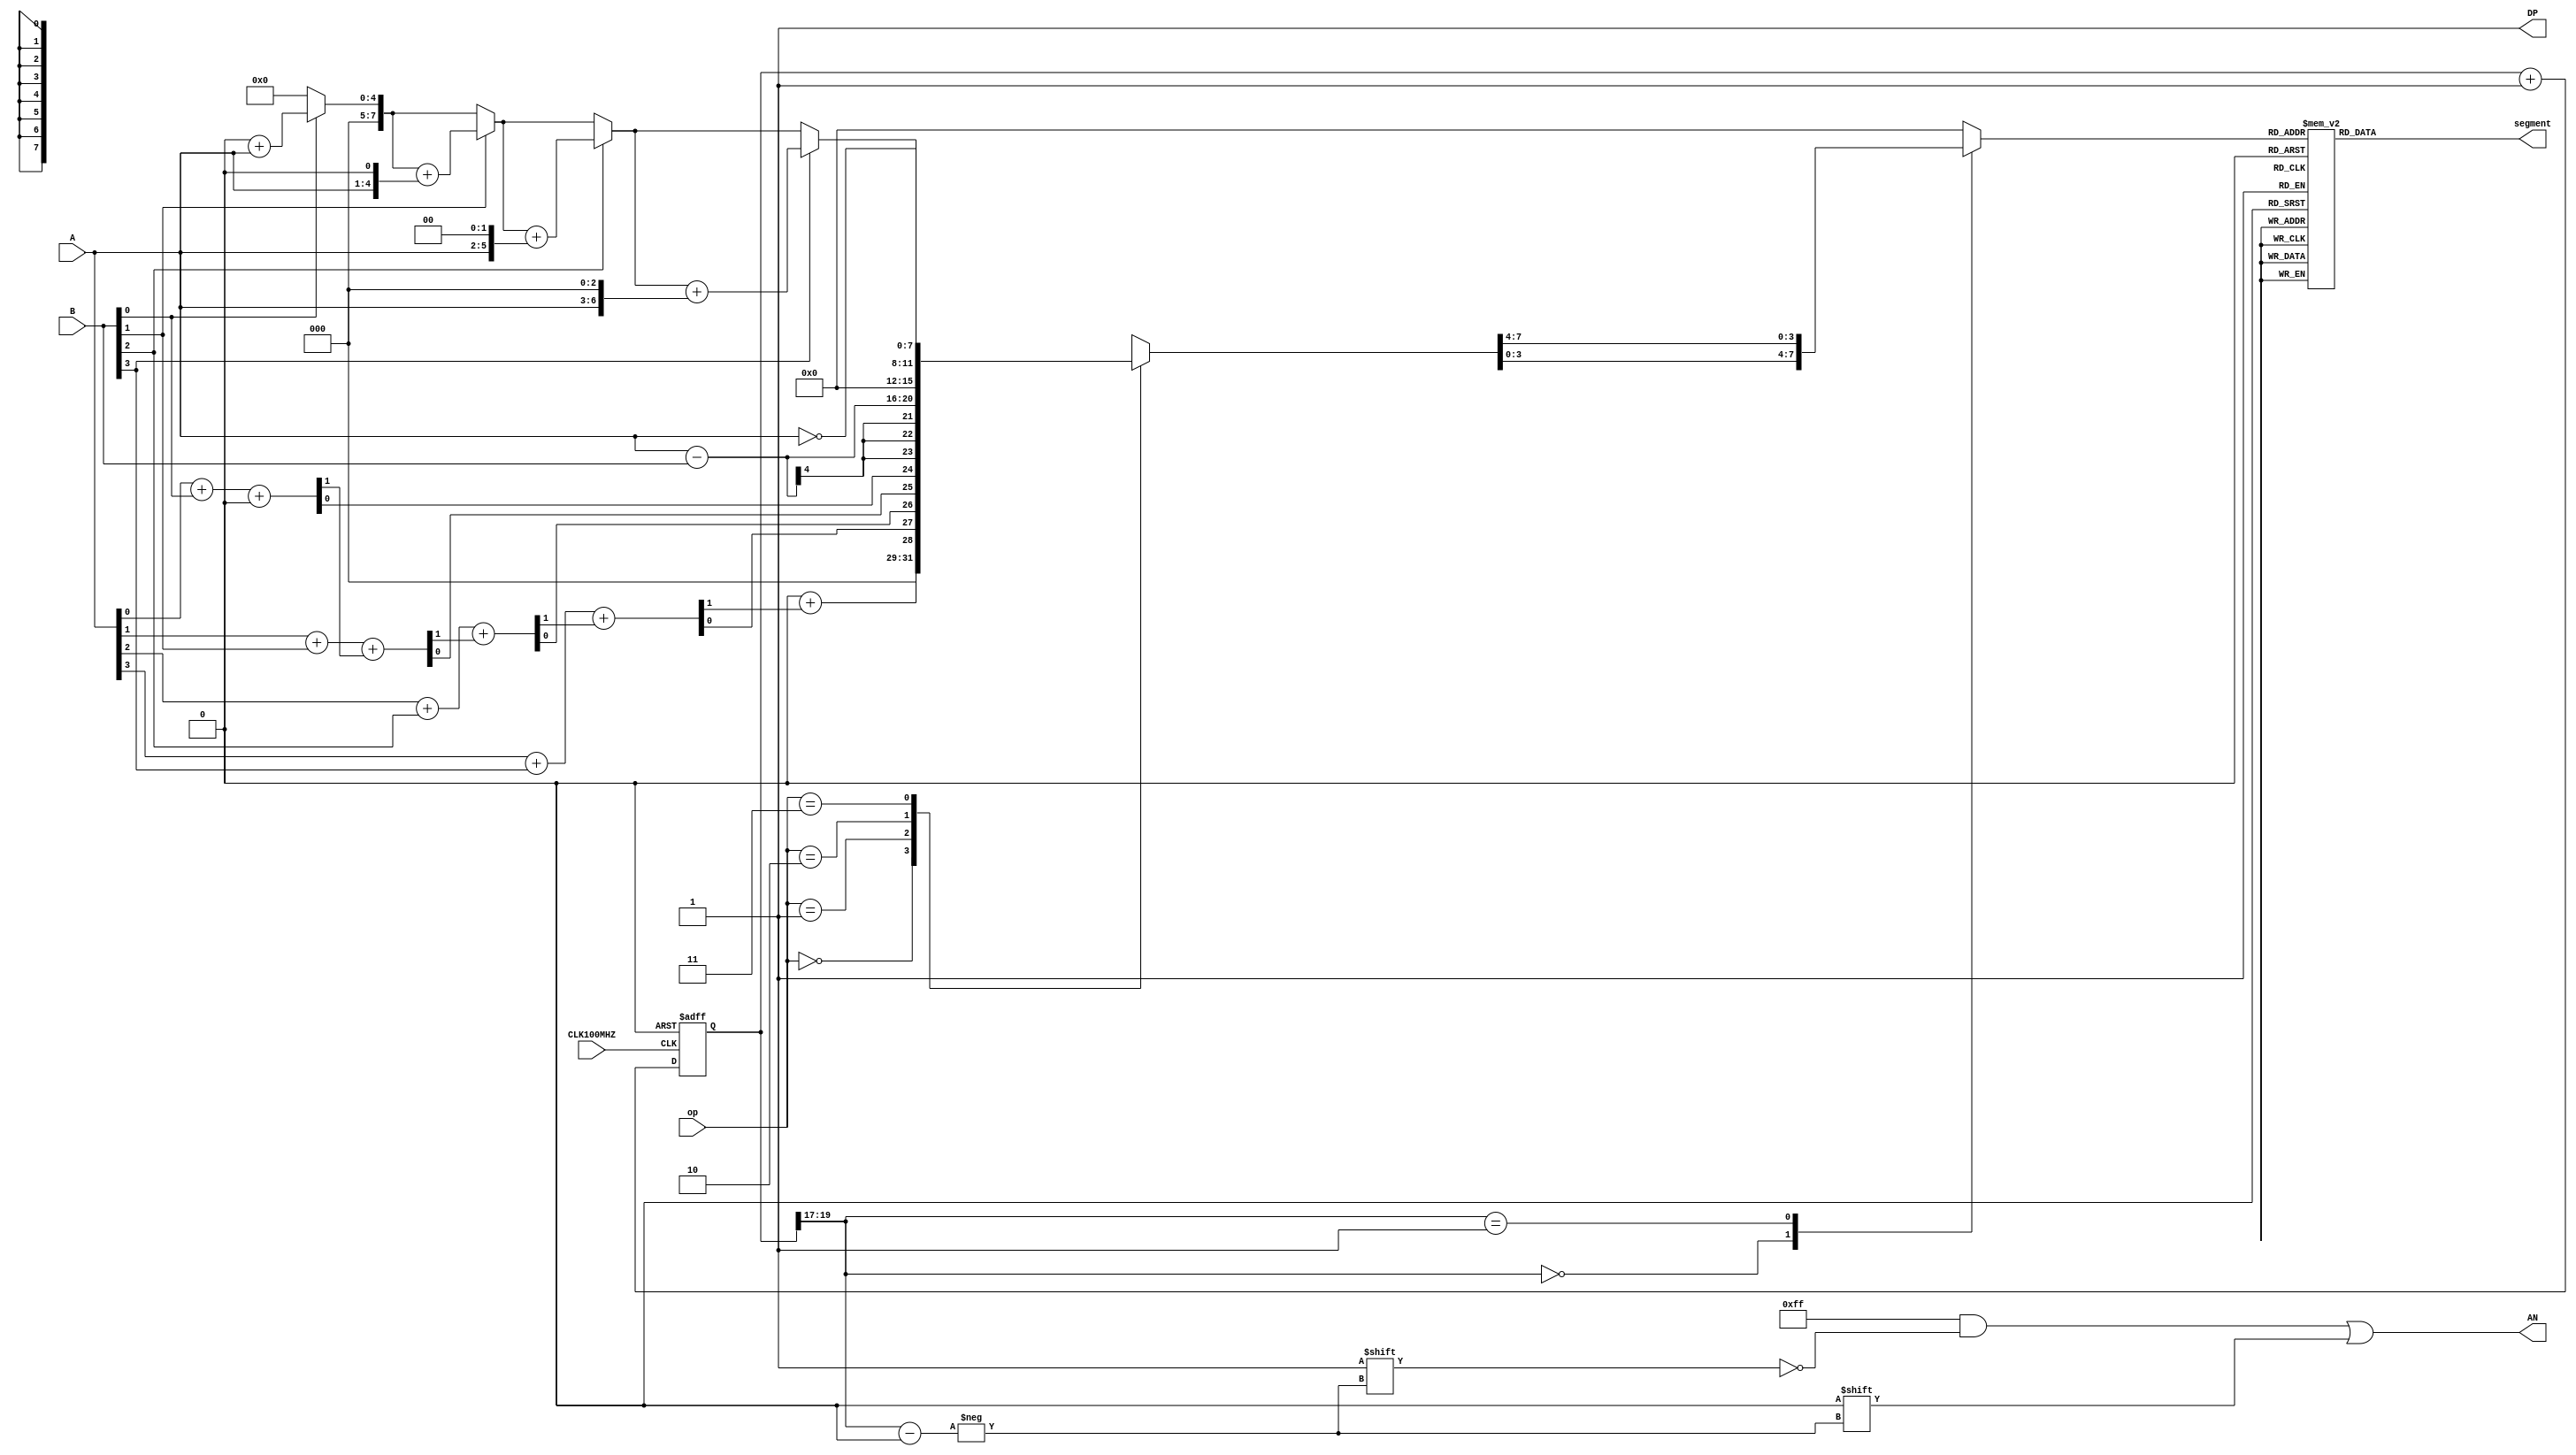
module ALU(
    input [3:0] A,
    input [3:0] B,
    input [1:0] op,
    input CLK100MHZ,
    
    output DP,
    output reg [7:0]AN,
    output reg [6:0] segment
    );
     reg [7:0]  F;
    wire[7:0] x;
    wire clr;
    wire [2:0] s;
    reg[3:0]digit;
    reg[19:0] clkdiv;
  reg [2:0]i;
  reg [7:0] accumulator; // ۻ
   reg [4:0] sum; // мĴ
  reg [4:0] carry; // λĴ
  assign clr=0;
  assign s=clkdiv[19:17];
    assign DP=1;
    assign x=F;
  
  //8λ 8ѡһǰ6λ0
  always @(s)
  case(s)
  0:digit=x[3:0];
  1:digit=x[7:4];
       default: digit=0; 
  endcase
  //ѡв
  always @(*) begin
  AN='b11111111;
  AN[s]=0;
  end
  //ʱӷƵ
  always @(posedge CLK100MHZ or posedge clr)
   begin
   if(clr==1)clkdiv<=0;
 else clkdiv<=clkdiv+1;
  end
  
  
  // ߼
  always @(*) begin
   F = 2'h00;
    case (op)
      2'b00: begin carry=0;sum=0;
       for(i=0;i<4;i=i+1) begin
      {carry[i+1], sum[i]} = A[i] + B[i] + carry[i];
      end      
      sum[i]=sum[i]+carry[i];
      F = sum; // ӷ
      end
      2'b01: F = A - B; // 
      2'b10: F = {1'h0,~A}; // ȡ
      2'b11: begin accumulator=0;
       for(i=0;i<4;i=i+1) begin 
    if (B[i] == 1) begin 
        // BĵǰλΪ1A i λӵۻ
        accumulator = accumulator + (A << i);
      end
    end
      F = accumulator; // ˷
      end
      default: F = 2'h00; // Ĭֵ
    endcase
  end
  
always @(*) begin
    case (digit)
        4'b0000: segment = 7'b1000000; //  0
        4'b0001: segment = 7'b1111001; //  1
        4'b0010: segment = 7'b0100100; //  2
        4'b0011: segment = 7'b0110000; //  3
        4'b0100: segment = 7'b0011001; //  4
        4'b0101: segment = 7'b0010010; //  5
        4'b0110: segment = 7'b0000010; //  6
        4'b0111: segment = 7'b1111000; //  7
        4'b1000: segment = 7'b0000000; //  8
        4'b1001: segment = 7'b0010000; //  9
        4'b1010: segment = 7'b0001000; //  A
        4'b1011: segment = 7'b0000011; //  B
        4'b1100: segment = 7'b1000110; //  C
        4'b1101: segment = 7'b0100001; //  D
        4'b1110: segment = 7'b0000110; //  E
        4'b1111: segment = 7'b0001110; //  F
        default: segment = 7'b1000000; // Ĭرж
    endcase
end

endmodule